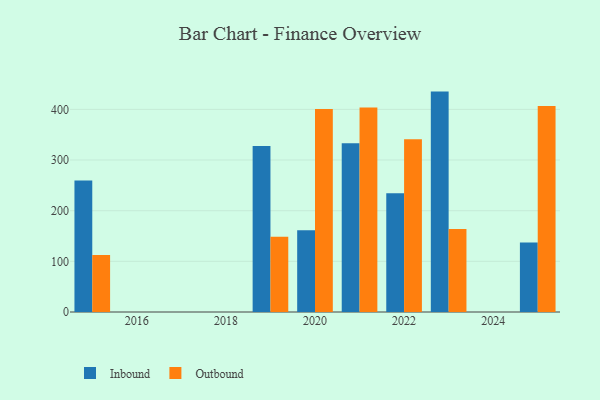
{"axis": {"x": "Year", "y": "Satisfaction Score"}, "legend": ["Inbound", "Outbound"], "data": [{"x": "2020", "y": 161.5, "type": "Inbound"}, {"x": "2020", "y": 400.8, "type": "Outbound"}, {"x": "2025", "y": 137.0, "type": "Inbound"}, {"x": "2025", "y": 406.5, "type": "Outbound"}, {"x": "2023", "y": 435.1, "type": "Inbound"}, {"x": "2023", "y": 164.1, "type": "Outbound"}, {"x": "2021", "y": 333.0, "type": "Inbound"}, {"x": "2021", "y": 403.8, "type": "Outbound"}, {"x": "2015", "y": 259.5, "type": "Inbound"}, {"x": "2015", "y": 112.4, "type": "Outbound"}, {"x": "2019", "y": 327.6, "type": "Inbound"}, {"x": "2019", "y": 148.6, "type": "Outbound"}, {"x": "2022", "y": 234.5, "type": "Inbound"}, {"x": "2022", "y": 341.1, "type": "Outbound"}]}